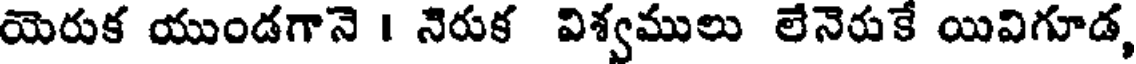
యెరుక యుండగానె । నెరుక విశ్వములు లేనెరుకే యివిగూడ,